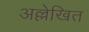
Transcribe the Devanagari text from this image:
अल्लेखित